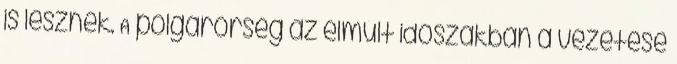
is lesznek. A polgárőrség az elmúlt időszakban a vezetése